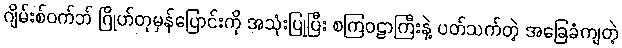
ဂျိမ်းစ်ဝက်ဘ် ဂြိုဟ်တုမှန်ပြောင်းကို အသုံးပြုပြီး စကြဝဠာကြီးနဲ့ ပတ်သက်တဲ့ အခြေခံကျတဲ့